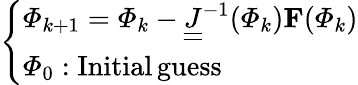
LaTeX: \left\{ \begin{array}{ll}{\mathbf{\varPhi}_{k+1}=\mathbf{\varPhi}_{k}-\underline{{\underline{{J}}}}^{-1}(\mathbf{\varPhi}_{k})\mathbf{F}(\mathbf{\varPhi}_{k})}\\ {\mathbf{\varPhi}_{0}:\mathrm{Initial\, guess}}\end{array}\right.